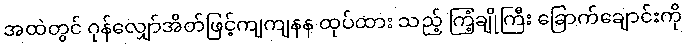
အထဲတွင် ဂုန်လျှော်အိတ်ဖြင့်ကျကျနန ထုပ်ထား သည့် ကြံ့ချိုကြီး ခြောက်ချောင်းကို